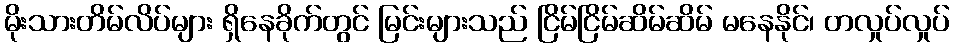
မိုးသားတိမ်လိပ်များ ရှိနေခိုက်တွင် မြင်းများသည် ငြိမ်ငြိမ်ဆိမ်ဆိမ် မနေနိုင်၊ တလှုပ်လှုပ်